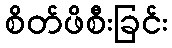
စိတ်ဖိစီးခြင်း